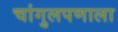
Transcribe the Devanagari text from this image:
चांगुलपणाला